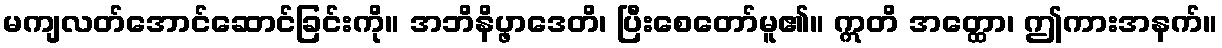
မကျလတ်အောင်ဆောင်ခြင်းကို။ အဘိနိပ္ဖာဒေတိ၊ ပြီးစေတော်မူ၏။ ဣတိ အတ္ထော၊ ဤကားအနက်။